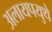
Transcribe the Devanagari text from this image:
अलायपयुथे